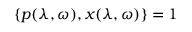
\{ p ( \lambda , \omega ) , x ( \lambda , \omega ) \} = 1